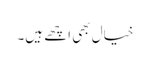
خیال بھی اچھے ہیں۔